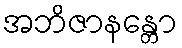
အဘိဇာနန္တော